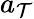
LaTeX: a_{\mathcal{T}}